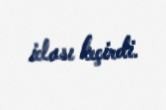
iclası keçirdi.